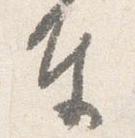
奉